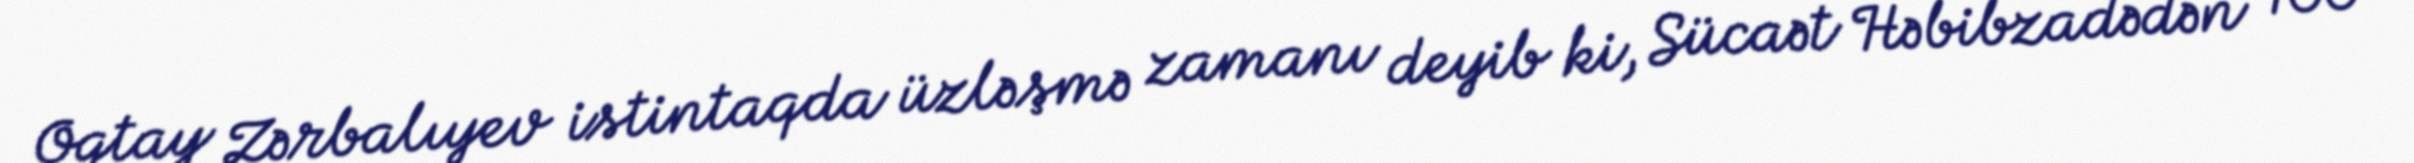
Oqtay Zərbalıyev istintaqda üzləşmə zamanı deyib ki, Sücaət Həbibzadədən 100